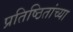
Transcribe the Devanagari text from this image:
प्रतिष्ठितांच्या